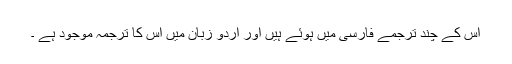
اس کے چند ترجمے فارسی میں ہوئے ہیں اور اردو زبان میں اس کا ترجمہ موجود ہے ۔